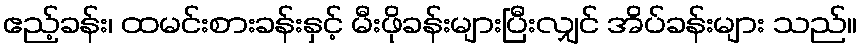
ဧည့်ခန်း၊ ထမင်းစားခန်းနှင့် မီးဖိုခန်းများပြီးလျှင် အိပ်ခန်းများ သည်။